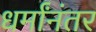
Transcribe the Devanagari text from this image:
धर्मांनंतर